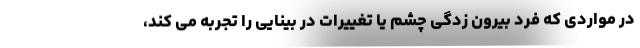
در مواردی که فرد بیرون زدگی چشم یا تغییرات در بینایی را تجربه می کند،